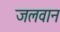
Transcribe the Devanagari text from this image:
जलवान